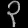
Digit: ၃